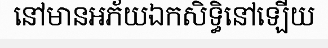
នៅមានអភ័យឯកសិទ្ធិនៅឡើយ